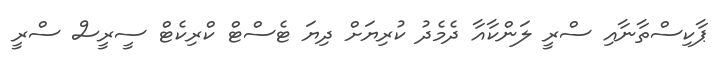
ޕާކިސްތާނާއި ސްރީ ލަންކާއާ ދެމެދު ކުރިޔަށް ދިޔަ ޓެސްޓް ކްރިކެޓް ސީރީސް ސްރީ